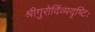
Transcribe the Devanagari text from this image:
श्रीगुरोर्दिव्यदृष्टिः